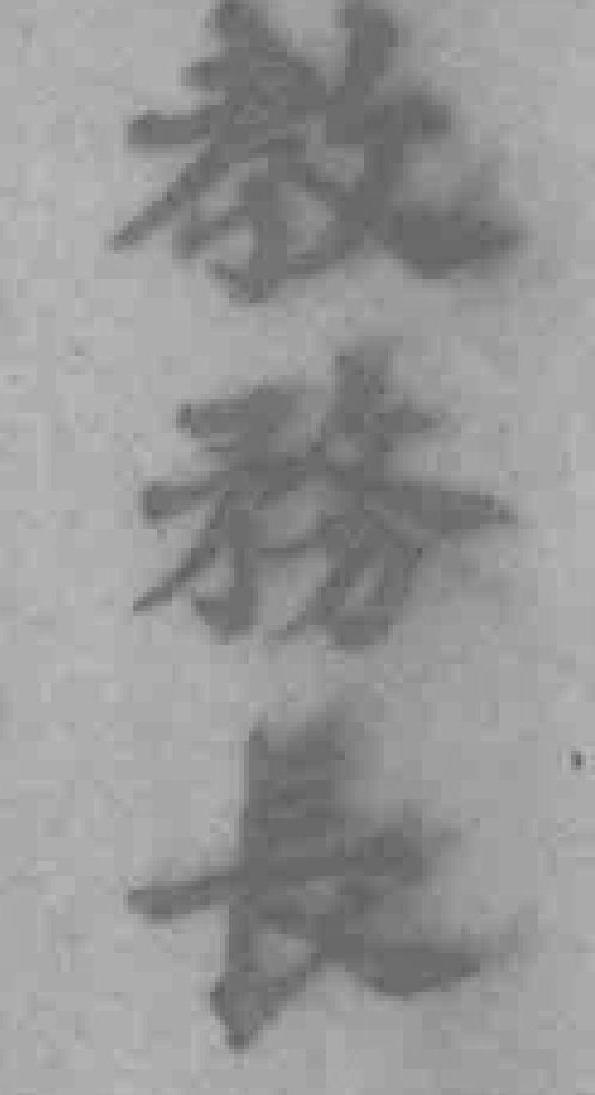
教務長